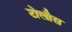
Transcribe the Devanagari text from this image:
टोलौस